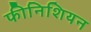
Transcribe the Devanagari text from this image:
फीनिशियन